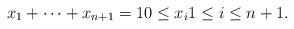
LaTeX: \begin{align*} x_1+\cdots+x_{n+1}=10\leq x_i1\leq i\leq n+1.\end{align*}